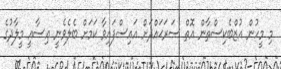
މި މީހުން އުޒްބެކިސްތާން އޮތް ސަރަޙައްދަށް އައިސްފައިވާ ކަމަށް ބެލެވެނީ ޢިސާއީ މީލާދުގެ